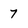
Character: 7